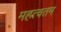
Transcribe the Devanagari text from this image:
महत्वतम